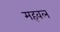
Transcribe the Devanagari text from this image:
महवल